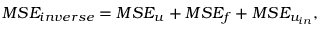
M S E _ { i n v e r s e } = M S E _ { u } + M S E _ { f } + M S E _ { u _ { i n } } ,